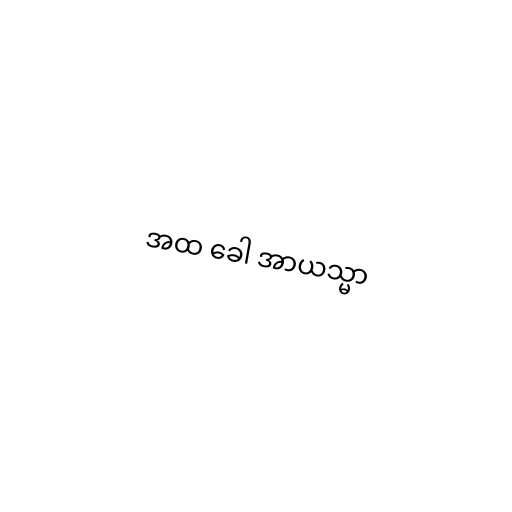
အထ ခေါ အာယသ္မာ